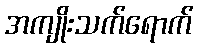
အကျိုးသက်ရောက်